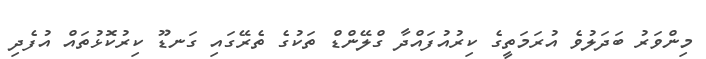
މިންވަރު ބަދަލުވެ އުރަމަތީގެ ކިރުއުފައްދާ ގްލޭންޑް ތަކުގެ ތެރޭގައި ގަނޑޫ ކިރުކޮޅުތައް އުފެދި